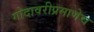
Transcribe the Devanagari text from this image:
गोदावरीप्रमाणेच